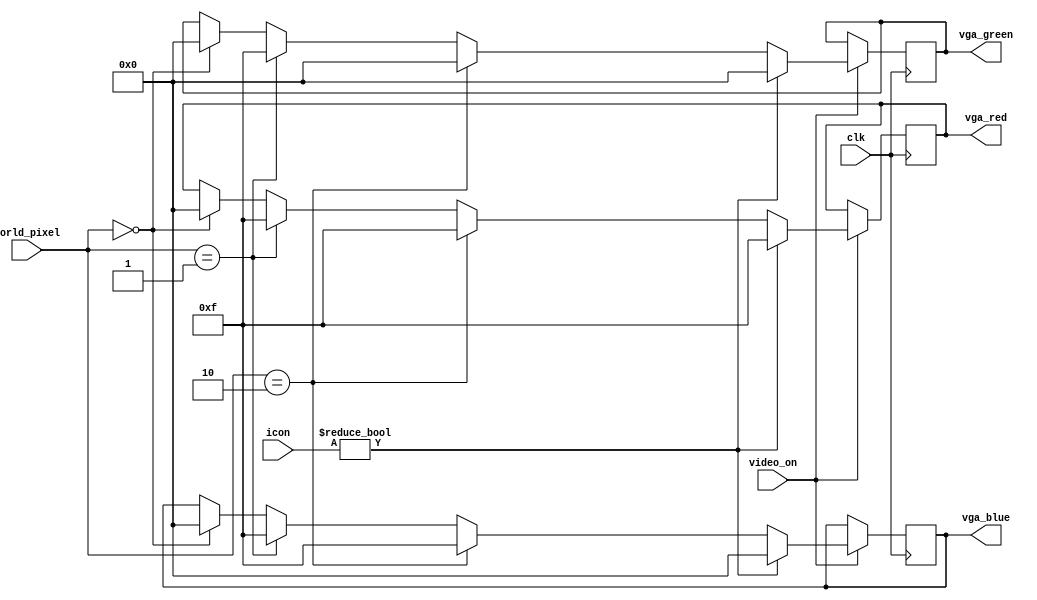
//colorizer.v

module colorizer(

input	video_on,
input clk,
input [1:0]	world_pixel,
input [1:0]	icon,
output reg [3:0] vga_red,
output reg [3:0] vga_green,
output reg [3:0] vga_blue
);

reg [3:0] counter;


always @ (posedge clk) begin
     if (video_on) begin   
         if (icon != 2'b00) begin// bot here
            vga_red <= 4'b1111;
            vga_green <= 4'b0000;
            vga_blue <= 4'b0000;
         end else begin
            
            if (world_pixel == 2'b00) begin
                vga_red <= 4'b0000;
                vga_green <= 4'b0000;
                vga_blue <= 4'b0000;
            end
            if (world_pixel == 2'b01) begin
                    vga_red <= 4'b1111;
                    vga_green <= 4'b1111;
                    vga_blue <= 4'b1111;
                end
                if (world_pixel == 2'b10) begin
                        vga_red <= 4'b1111;
                        vga_green <= 4'b0000;
                        vga_blue <= 4'b1111;
                 end
                 
             end//bot not here
     end//video_on
        
//pass the color to the VGA port

end


endmodule